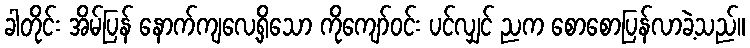
ခါတိုင်း အိမ်ပြန် နောက်ကျလေ့ရှိသော ကိုကျော်ဝင်း ပင်လျှင် ညက စောစောပြန်လာခဲ့သည်။